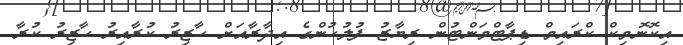
އިކޮނޮމިކް ކްރައިމް ޑިޕާޓްމަންޓުން ރިޔާޒު ފުލުހުންގެ އިދާރާއަށް ހާޒިރު ކުރާއިރު ހާޒިރު ކުރާ